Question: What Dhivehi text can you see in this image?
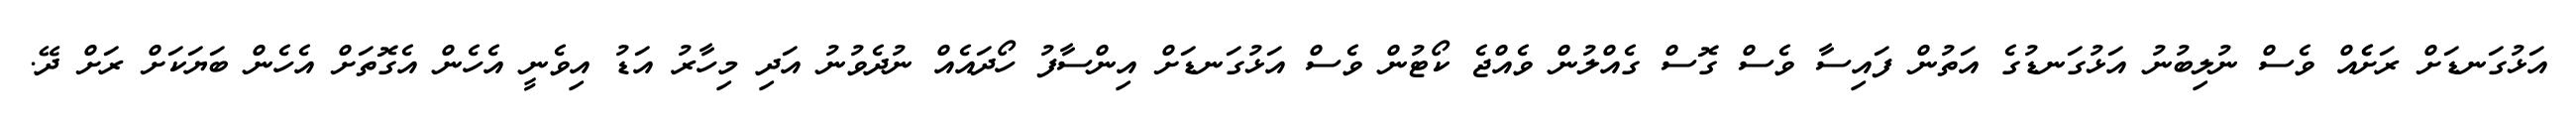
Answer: އަޅުގަނޑަށް ރަށެެއް ވެސް ނުލިބުނު އަޅުގަނޑުގެ އަތުން ފައިސާ ވެސް ގޮސް ގެއްލުން ވެއްޖެ ކޯޓުން ވެސް އަޅުގަނޑަށް އިންސާފު ހޯދައެއް ނުދެވުނު އަދި މިހާރު އަޑު އިވެނީ އެހެން އެގޮތަށް އެހެން ބަޔަކަށް ރަށް ދޭ.